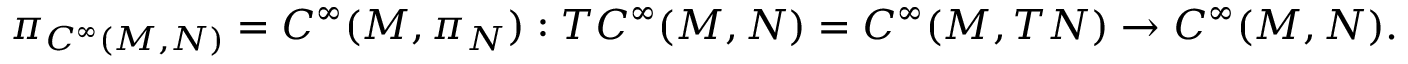
\pi _ { C ^ { \infty } ( M , N ) } = C ^ { \infty } ( M , \pi _ { N } ) : T C ^ { \infty } ( M , N ) = C ^ { \infty } ( M , T N ) \to C ^ { \infty } ( M , N ) .